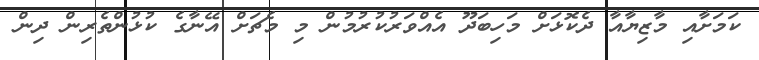
ކަމަށާއި މާޒިޔާއާ ދެކޮޅަށް މަހިބަދޫ އެއްވަރުކުރުމުން މި މެޗަށް އޭނާގެ ކުޅުންތެރިން ދިން